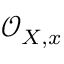
{ \mathcal { O } } _ { X , x }